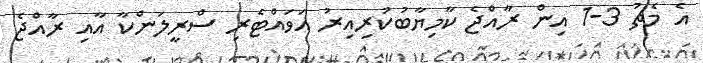
އެ މެޗު 3-1 އިން ރާއްޖެ ކާމިޔާބުކުރިއިރު އަވައްޓެރި ސްރީލަންކާ އާއި ރާއްޖެ